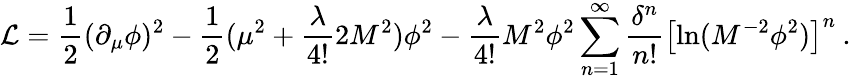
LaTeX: {\cal L}=\frac{1}{2}(\partial_{\mu}\phi)^{2}-\frac{1}{2}(\mu^{2}+\frac{\lambda}{4!}2M^{2})\phi^{2}-\frac{\lambda}{4!}M^{2}\phi^{2}\sum_{n=1}^{\infty}\frac{\delta^{n}}{n!}\left[\ln(M^{-2}\phi^{2})\right]^{n}\: .